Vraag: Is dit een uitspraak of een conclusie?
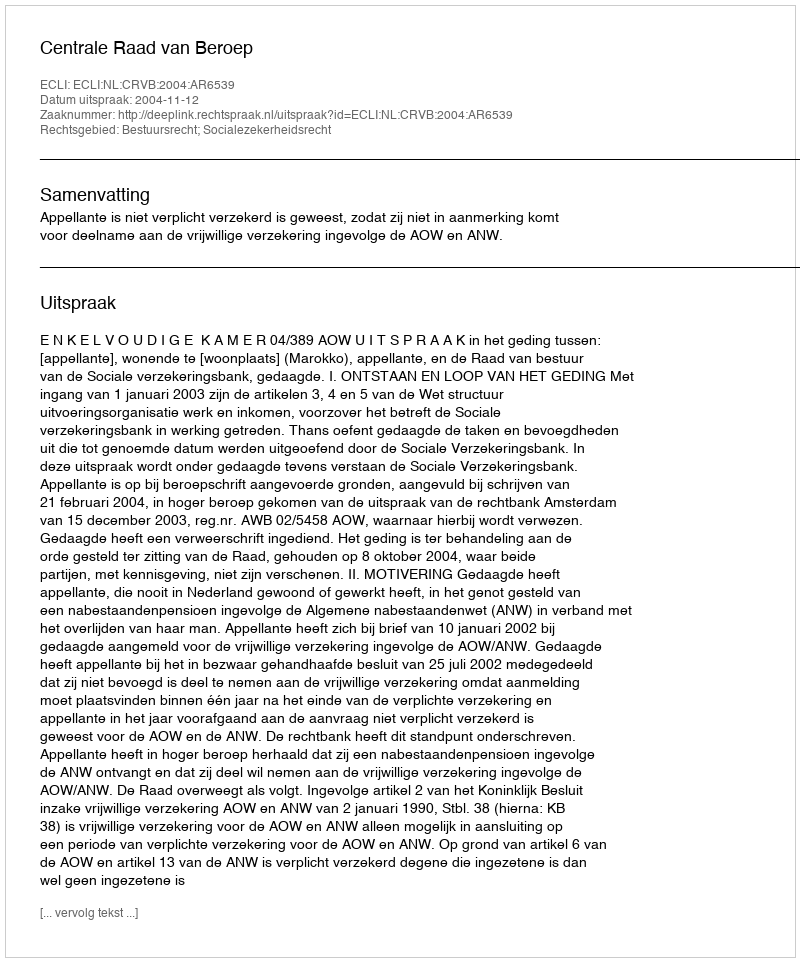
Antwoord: Uitspraak